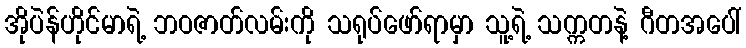
အိုပဲန်ဟိုင်မာရဲ့ ဘဝဇာတ်လမ်းကို သရုပ်ဖော်ရာမှာ သူ့ရဲ့ သက္ကတနဲ့ ဂီတအပေါ်